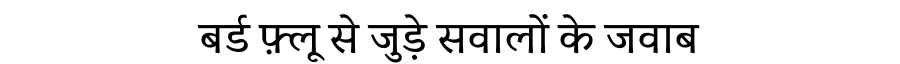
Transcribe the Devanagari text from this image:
बर्ड फ़्लू से जुड़े सवालों के जवाब